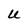
Character: U